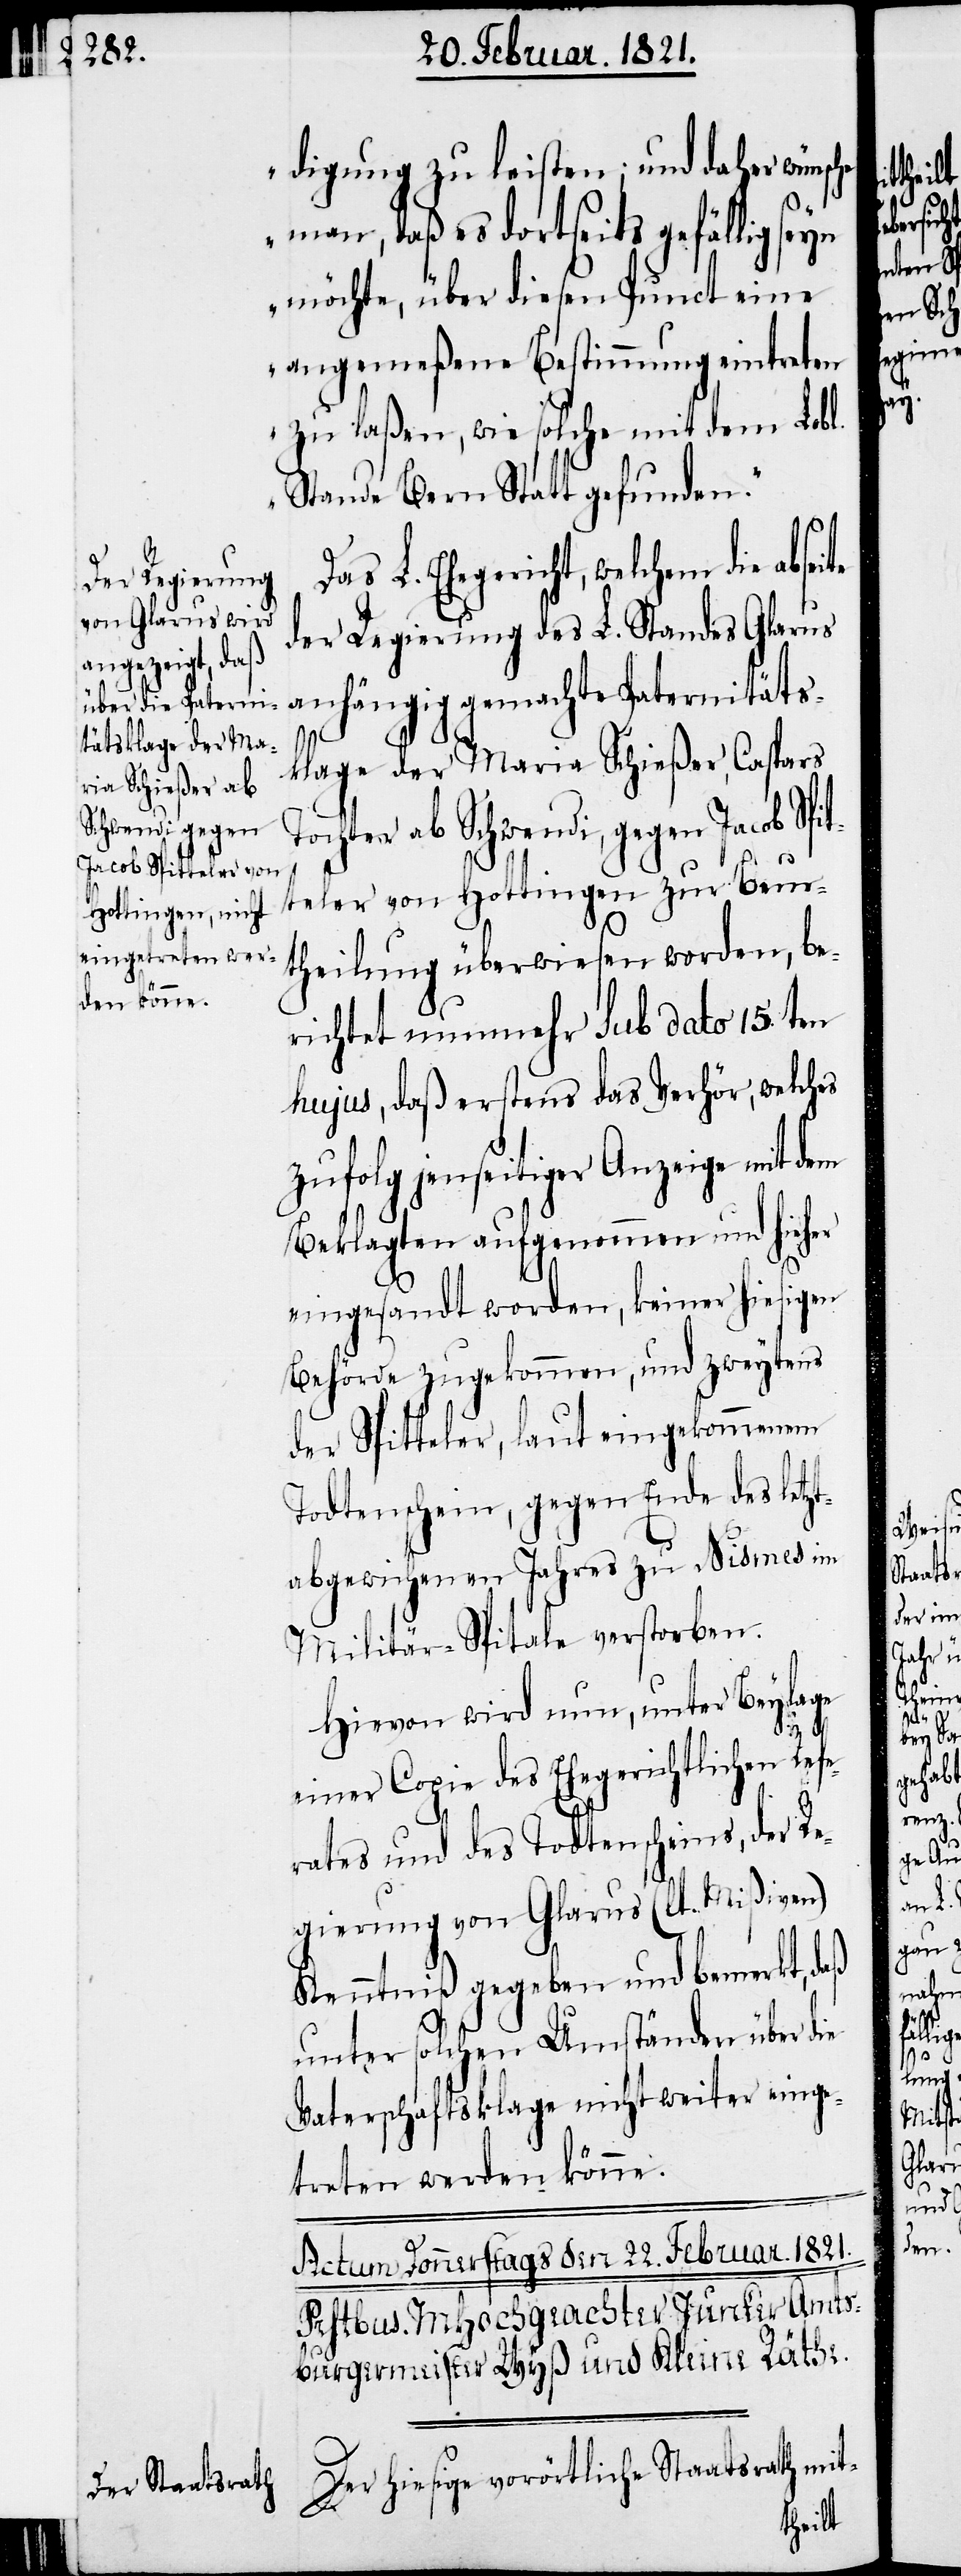
T¬

digung zu leisten; und daher wünsche
man, daß es dortseits gefällig seyn
möchte, über diesen Punct eine
angemeßene Bestimmung eintreten
zu laßen, wie solche mit dem Lobl.
Stande Bern Statt gefunden.“
Das L. Ehegericht, welchem die ab¬
der Regierung des L. Standes Glarus
klage der Maria Schießer, Caspars
ochter ab Schwendi, gegen Jacob Sp¬
itteler von Hottingen zur Beur¬
theilung überwiesen worden, be¬
richtet nunmehr sub dato 15. ten
hujus, daß erstens das Verhör, welches
zufolg jenseitiger Anzeige mit dem
Beklagten aufgenommenen und hieher
eingesandt worden, keiner hiesigen
Behörde zugekommen, und zweytens
der Spitteler, laut eingekommenem
Todtenschein, gegen Ende des letzt¬
abgewichenen Jahres zu Nismes im
Militär-Spitale verstorben.
Hiervon wird nun, unter Beylage
einer Copie des Ehegerichtlichen Ref¬
erates und des Todtenscheins, der Re¬
gierung von Glarus (lt. Mißiven)
Kenntniß gegeben und bemerkt, daß
unter solchen Umständen über die
Vaterschaftsklage nicht weiter einge¬
treten werden könne.
Der hiesige vorörtliche Staatsrath mit-

seite
an¬